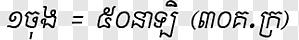
១ចុង = ៥០នាឡិ (៣០គ.ក្រ)